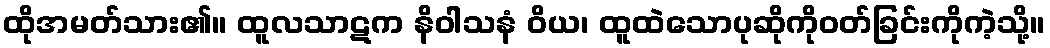
ထိုအမတ်သား၏။ ထူလသာဋက နိဝါသနံ ဝိယ၊ ထူထဲသောပုဆိုကိုဝတ်ခြင်းကိုကဲ့သို့။